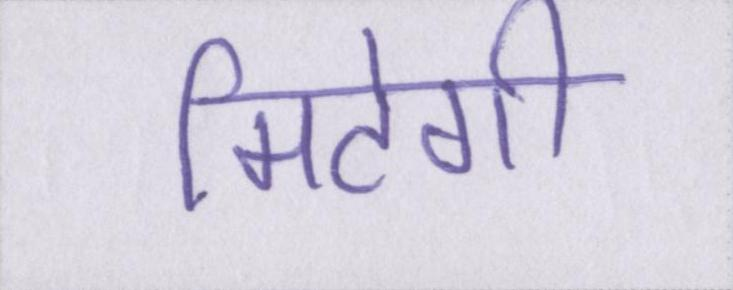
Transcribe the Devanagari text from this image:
मिटेगी